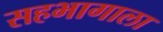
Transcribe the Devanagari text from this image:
सहभागाला